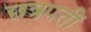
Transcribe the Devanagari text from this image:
छत्रपतीं